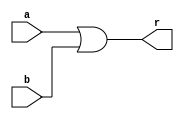
`timescale 1ps/1ps
module or2gate(a,b,r);
  input a,b;
  output r;
  
  assign #20 r = a | b;
  
endmodule